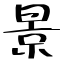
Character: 景